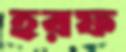
হরফ